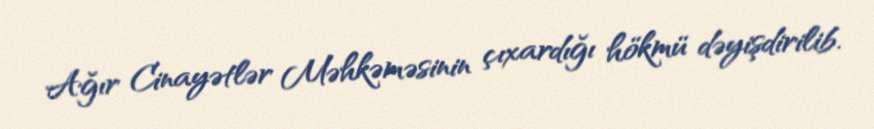
Ağır Cinayətlər Məhkəməsinin çıxardığı hökmü dəyişdirilib.